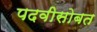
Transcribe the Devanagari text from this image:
पदवीसोबत